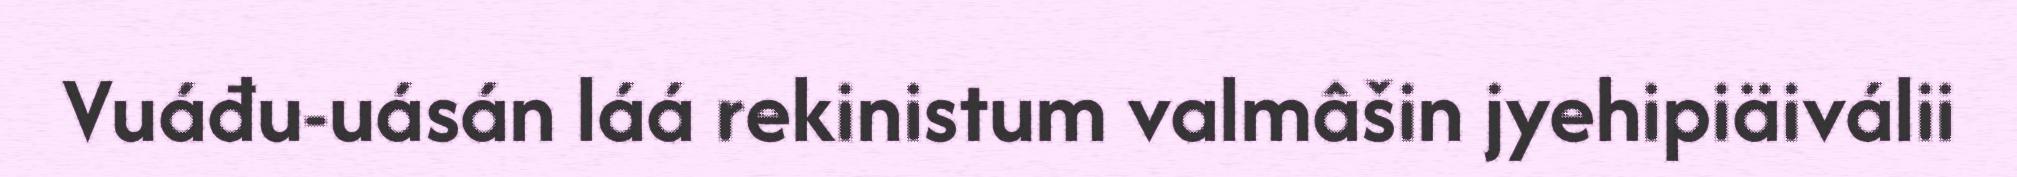
Vuáđu-uásán láá rekinistum valmâšin jyehipiäiválii